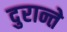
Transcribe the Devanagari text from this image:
दुरान्ते